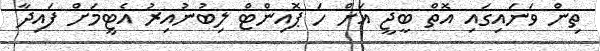
ތިން ވަނައިގައި އޮތް ބީޖީ އަށް ހަ ޕޮއިންޓް ލިބުނުއިރު އެޓީމަށް ފައިދާ